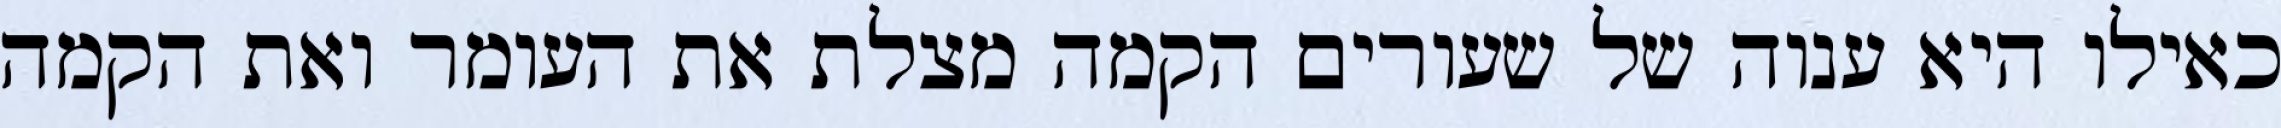
כאילו היא ענוה של שעורים הקמה מצלת את העומר ואת הקמה